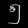
Digit: ၅